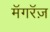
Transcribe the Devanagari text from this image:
मॅगरॅज़